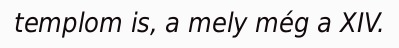
templom is, a mely még a XIV.